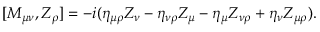
[ M _ { \mu \nu } , Z _ { \rho \l } ] = - i ( \eta _ { \mu \rho } Z _ { \nu \l } - \eta _ { \nu \rho } Z _ { \mu \l } - \eta _ { \mu \l } Z _ { \nu \rho } + \eta _ { \nu \l } Z _ { \mu \rho } ) .